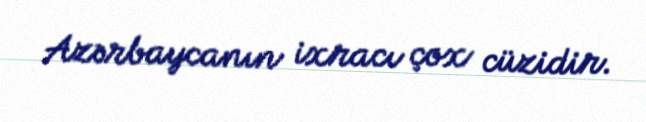
Azərbaycanın ixracı çox cüzidir.